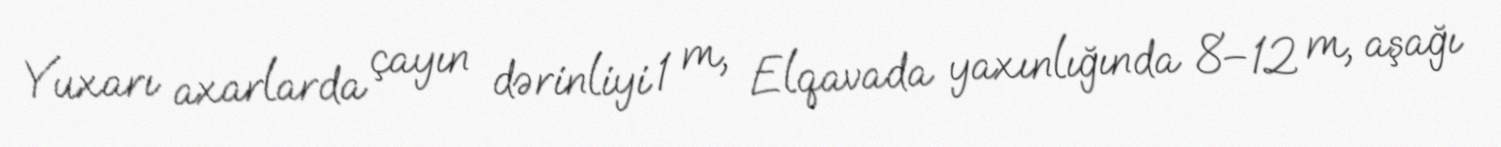
Yuxarı axarlarda çayın dərinliyi 1 m, Elqavada yaxınlığında 8–12 m, aşağı